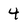
Character: 4